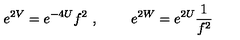
e ^ { 2 V } = e ^ { - 4 U } f ^ { 2 } \ , \ \qquad e ^ { 2 W } = e ^ { 2 U } \frac { 1 } { f ^ { 2 } }